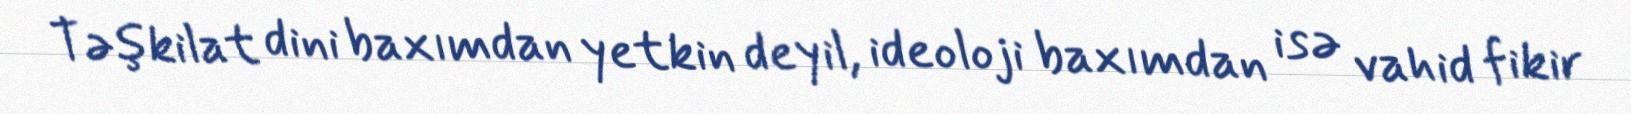
Təşkilat dini baxımdan yetkin deyil, ideoloji baxımdan isə vahid fikir